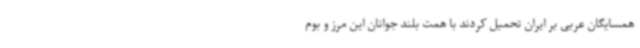
همسایگان عربی بر ایران تحمیل کردند با همت بلند جوانان این مرز و بوم